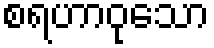
စရဟာဝုသော